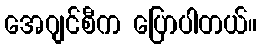
အေဂျင်စီက ပြောပါတယ်။